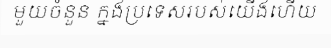
មួយចំនួន ក្នងប្រទេសរបស់យើងហើយ